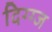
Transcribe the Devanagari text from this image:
दिग्ग्ज